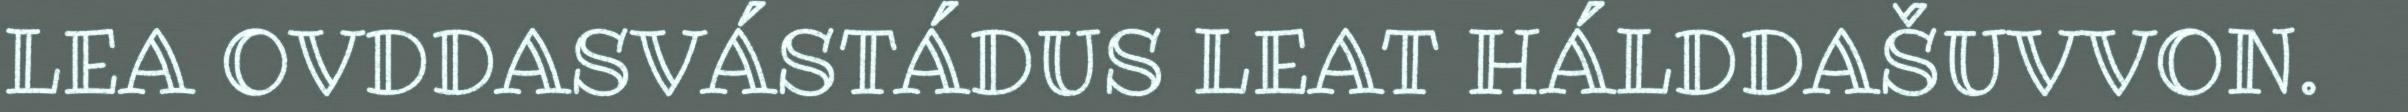
LEA OVDDASVÁSTÁDUS LEAT HÁLDDAŠUVVON.